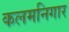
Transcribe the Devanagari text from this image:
कलमनिगार